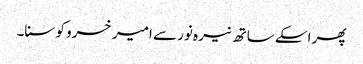
پھر اسکے ساتھ نیرہ نور سے امیر خسرو کو سنا۔